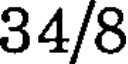
34/8